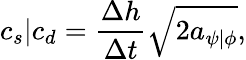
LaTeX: c_{s}\vert{c_{d}}=\frac{\Delta{h}}{\Delta{t}}\sqrt{2a_{\psi\vert\phi}},